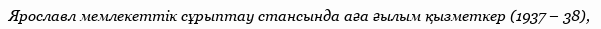
Ярославл мемлекеттік сұрыптау стансында аға ғылым қызметкер (1937 – 38),